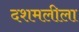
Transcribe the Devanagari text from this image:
दशमलीला